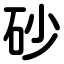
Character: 砂